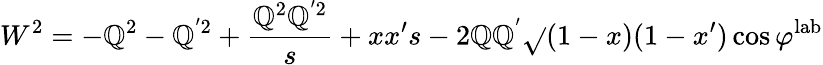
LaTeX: W^{2}=-\mathbb{Q}^{2}-\mathbb{Q}^{'2}+\frac{{\mathbb{Q}^{2}\mathbb{Q}^{'2}}}{{s}}+xx^{\prime}s-2\mathbb{Q}\mathbb{Q}^{'}\sqrt{}{{(1-x)(1-x^{\prime})}}\cos\varphi^{\mathrm{{lab}}}